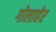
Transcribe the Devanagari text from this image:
गोलाहेर